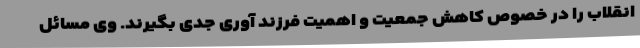
انقلاب را در خصوص کاهش جمعیت و اهمیت فرزند آوری جدی بگیرند. وی مسائل